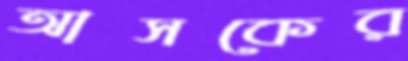
আসকের